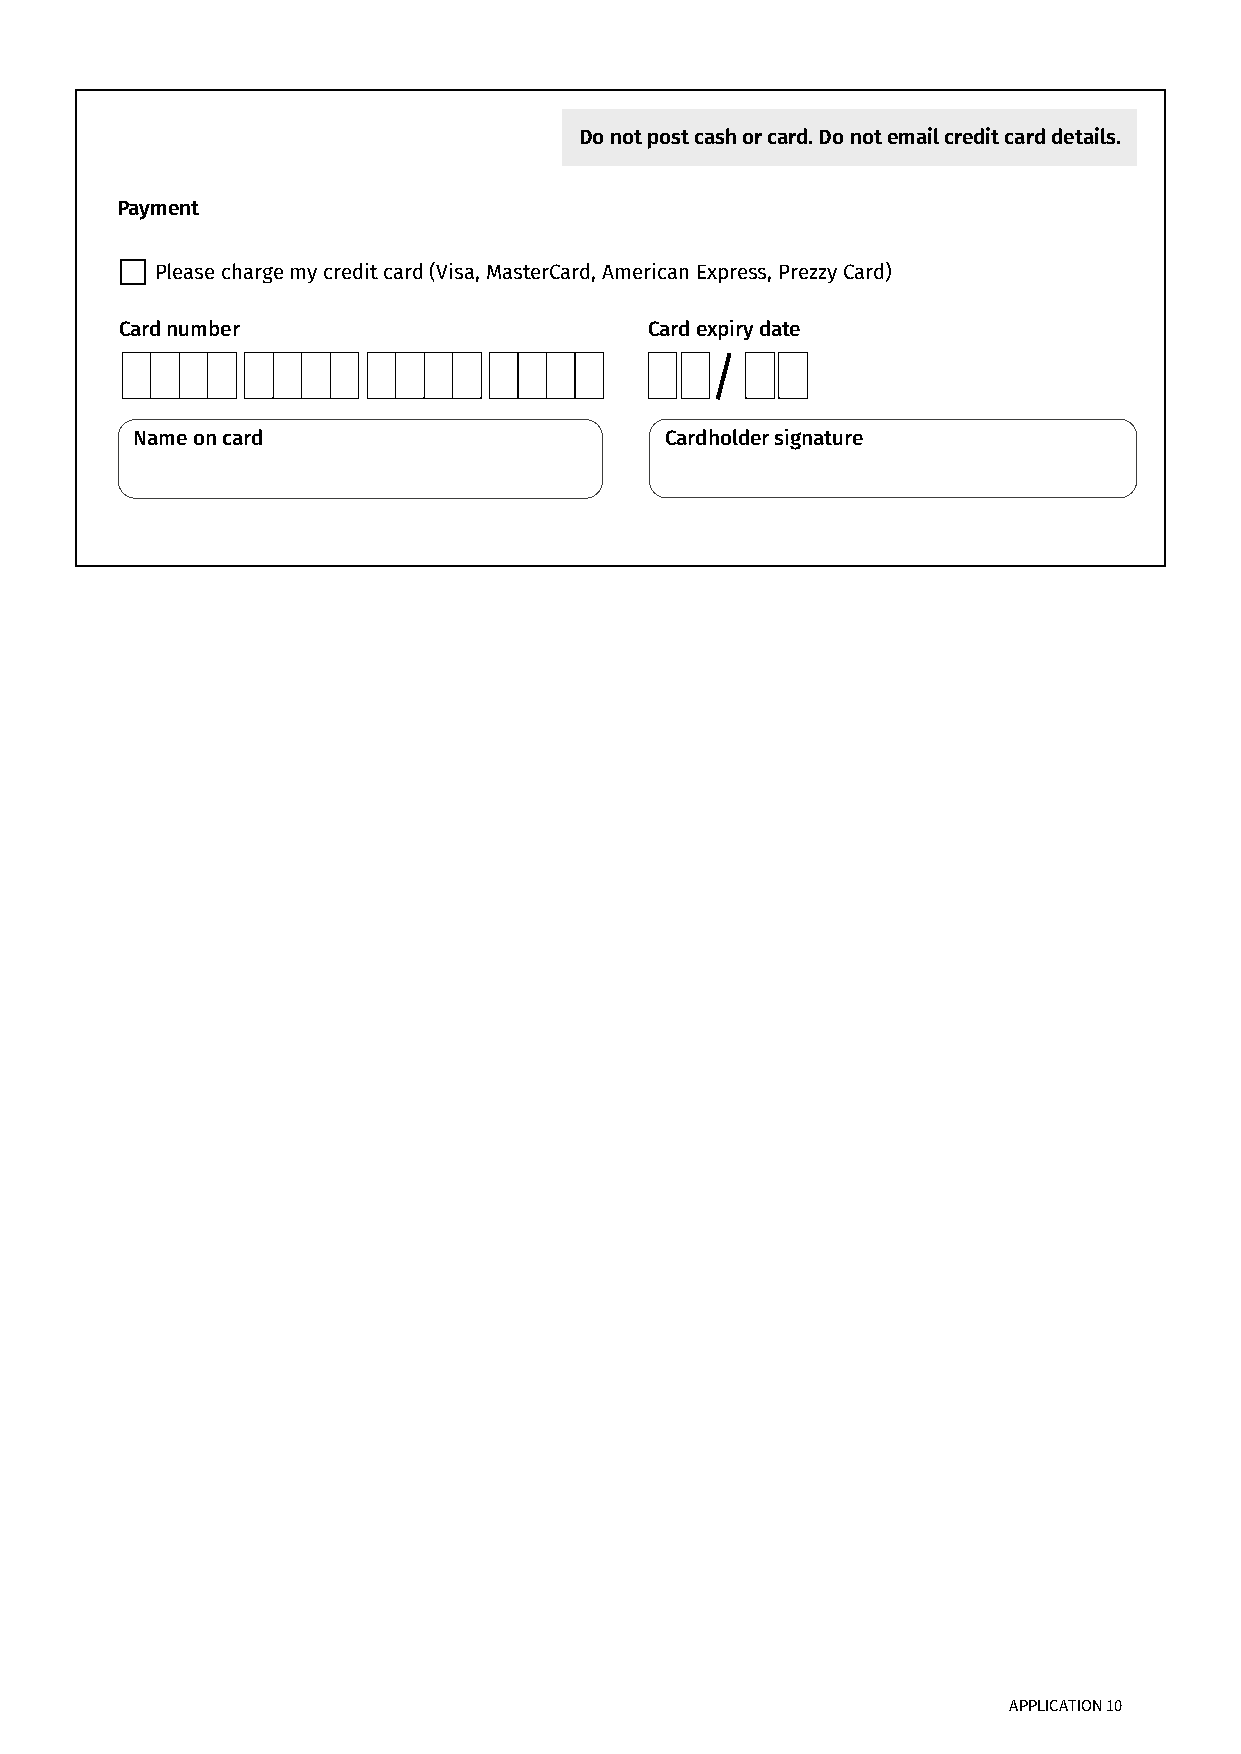
Do not post cash or card. Do not email credit card details.
 Payment
 Please charge my credit card (Visa, MasterCard, American Express, Prezzy Card)
 Card number                        Card expiry date
 /
 Name on card                       Cardholder signature
 APPLICATION 10